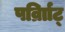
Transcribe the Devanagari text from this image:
पर्व्राािट्